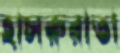
হাসরুরাতা